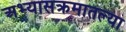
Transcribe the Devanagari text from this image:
अभ्यासक्रमातल्या